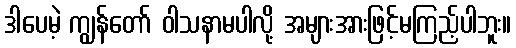
ဒါပေမဲ့ ကျွန်တော် ဝါသနာမပါလို့ အများအားဖြင့်မကြည့်ပါဘူး။